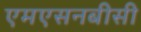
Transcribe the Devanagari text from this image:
एमएसनबीसी